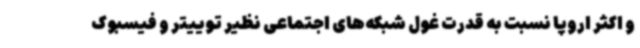
و اکثر اروپا نسبت به قدرت غول شبکه‌های اجتماعی نظیر توییتر و فیسبوک